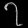
Digit: ၇